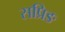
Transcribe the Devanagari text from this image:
सप्रिङ